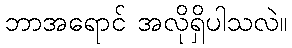
ဘာအရောင် အလိုရှိပါသလဲ။